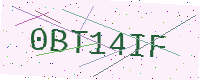
Text: 0BT14IF